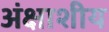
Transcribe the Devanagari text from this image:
अंक्षाशीय